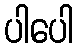
ပါပေါ